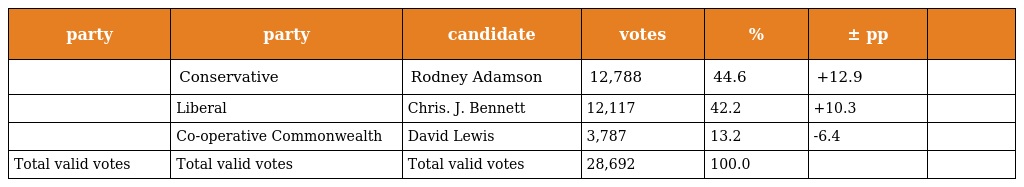
| party | party | candidate | votes | % | ± pp |  |
 | --- | --- | --- | --- | --- | --- | --- |
 |  | Conservative | Rodney Adamson | 12,788 | 44.6 | +12.9 |  |
 |  | Liberal | Chris. J. Bennett | 12,117 | 42.2 | +10.3 |  |
 |  | Co-operative Commonwealth | David Lewis | 3,787 | 13.2 | -6.4 |  |
 | Total valid votes | Total valid votes | Total valid votes | 28,692 | 100.0 |  |  |